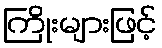
ကြိုးများဖြင့်